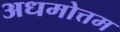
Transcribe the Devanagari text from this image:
अधमोत्तम